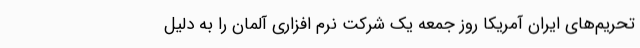
تحریم‌های ایران آمریکا روز جمعه یک شرکت نرم افزاری آلمان را به دلیل